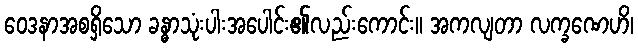
ဝေဒနာအစရှိသော ခန္ဓာသုံးပါးအပေါင်း၏လည်းကောင်း။ အကလျတာ လက္ခဏေဟိ၊